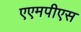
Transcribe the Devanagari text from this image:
एएमपीएस